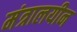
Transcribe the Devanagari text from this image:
मंत्रालयीन